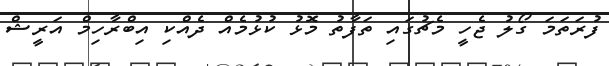
ފުރަތަމަ ގޯލު ޖެހީ މެޗުގައި ތަފާތު މޮޅު ކުޅުމެއް ދެއްކި އިބްރާހިމް އަރީޝް